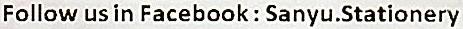
FOLLOW US IN FACEBOOK : SANYU.STATIONERY